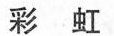
彩虹